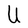
Character: U